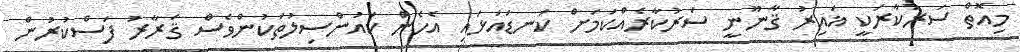
މިއޮތް ސަރުކާރަކީ ޣައިރު ޤާނޫނީ ސަރުކާރެއްކަމަށް ކަނޑައަޅައި އެހެން ކައުންސިލުތަކުންވެސް ޤަރާރު ފަސްކުރުން